Assam Mental Hospital (Tezpur, India) - 1933-1948
Year: 1933
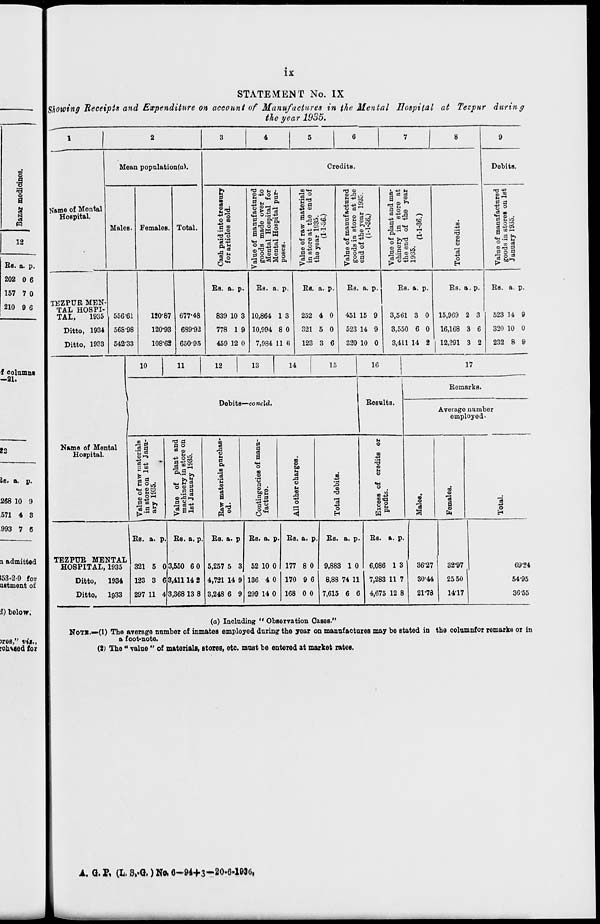
ix
STATEMENT No. IX
Showing Receipts and Expenditure on account of Manufactures in the Mental Hospital at Tezpur
during
the year 1935.
1
Name of Mental
Hospital.
TEZPUR MEN-
TAL HOSPI-
TAL,
1935
Ditto, 1934
Ditto, 1933
2
Mean population(a).
Males.
556.61
568.98
542.33
Females.
120.87
120.93
108.63
Total.
677.48
689.92
650.95
3
4
5
6
7 8
Credits.
Cash paid into treasury
for articles sold.
Rs.
839
778
459
a.
10
1
12
p.
3
9
0
Value of manufactured
goods made over to
Mental Hospital for
Mental Hospital pur-
poses.
Rs.
10,864
10,994
7,984
a.
1
8
11
p.
3
0
6
Value of raw materials
in store at the end of
the year 1935.
(1-1-36.)
Rs.
252
321
123
a.
4
5
3
p.
0
0
6
Value of manufactured
goods in store at the
end of the year 1935.
(1-1-36.)
Rs.
451
523
320
a.
15
14
10
p.
9
9
0
Value of plant and ma-
chinery in store at
the end of the year
1935.
(1-1-36.)
Rs.
3,561
3,550
3,411
a.
3
6
14
p.
0
0
2
Total credits.
Rs.
15,969
16,168
12,291
a.
2
3
3
p.
3
6
2
9
Debits.
Value of manufactured
goods in stores on 1st
January 1935.
Rs.
523
320
232
a.
14
10
8
p.
9
0
9
Name of Mental
Hospital.
TEZPUR MENTAL
HOSPITAL, 1935
Ditto, 1934
Ditto, 1933
10
11
12
13
14
15
Debits—concld.
Value of raw materials
in store on 1st Janu-
ary 1935.
Rs.
321
123
297
a.
5
3
11
p.
0
6
4
Value of plant and
machinery in store on
1st January 1935.
Rs.
3,550
3,411
3,368
a.
6
14
13
p.
0
2
8
Raw
materials purchas-
ed.
Rs.
5,257
4,721
3,248
a.
5
14
6
p.
3
9
9
Contingencies of manu-
facture.
Rs.
52
136
299
a.
10
4
14
p.
0
0
0
All other charges.
Rs.
177
170
168
a.
8
9
0
p.
0
6
0
Total debits.
Rs.
9,883
8,88
7,615
a.
1
74
6
p.
0
11
6
16
Results.
Excess of credits or
profits.
Rs.
6,086
7,283
4,675
a.
1
11
12
p.
3
7
8
17
Remarks.
Average number
employed.
Males.
36.27
30.44
21.78
Females.
32.97
25.50
14.17
Total.
69.24
54.95
36.55
(a) Including "Observation Cases."
NOTE.—(1) The average number of inmates employed during the year on manufactures may be stated in the column for remarks or in
a foot-note.
(2) The "value" of materials, stores, etc. must be entered at market rates.
A. G. P. (L. S.-G.) No. 6-94+3—20-6-1936.